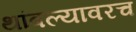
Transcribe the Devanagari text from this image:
थांबल्यावरच